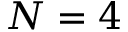
N = 4